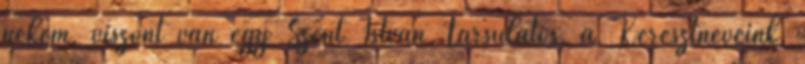
nekem, viszont van egy Szent István Társulatos, a Keresztneveink,